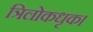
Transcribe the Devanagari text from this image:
त्रिलोकधृक।